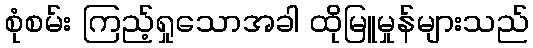
စုံစမ်း ကြည့်ရှုသောအခါ ထိုမြူမှုန်များသည်